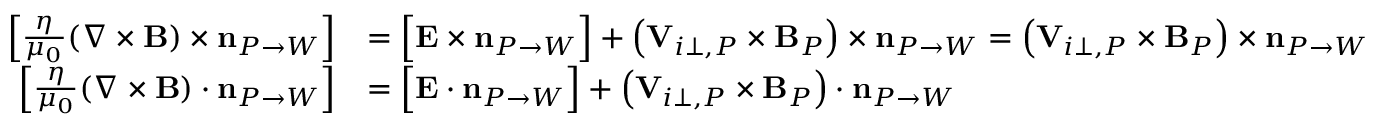
\begin{array} { r l } { { \Big [ } \frac { \eta } { \mu _ { 0 } } ( \nabla \times { \mathbf B } ) \times \mathbf { n } _ { P \rightarrow W } { \Big ] } } & { = { \Big [ } { \mathbf E } \times \mathbf { n } _ { P \rightarrow W } { \Big ] } + \left( { \mathbf V } _ { i \perp , P } \times { \mathbf B } _ { P } \right) \times \mathbf { n } _ { P \rightarrow W } = \left( { \mathbf V } _ { i \perp , P } \times { \mathbf B } _ { P } \right) \times \mathbf { n } _ { P \rightarrow W } } \\ { { \Big [ } \frac { \eta } { \mu _ { 0 } } ( \nabla \times { \mathbf B } ) \cdot \mathbf { n } _ { P \rightarrow W } { \Big ] } } & { = { \Big [ } { \mathbf E } \cdot \mathbf { n } _ { P \rightarrow W } { \Big ] } + \left( { \mathbf V } _ { i \perp , P } \times { \mathbf B } _ { P } \right) \cdot \mathbf { n } _ { P \rightarrow W } } \end{array}